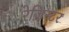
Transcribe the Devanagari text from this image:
रेज़िस्टर